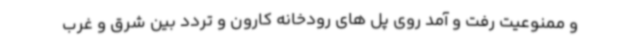
و ممنوعیت رفت و آمد روی پل های رودخانه کارون و تردد بین شرق و غرب